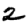
Digit: 2